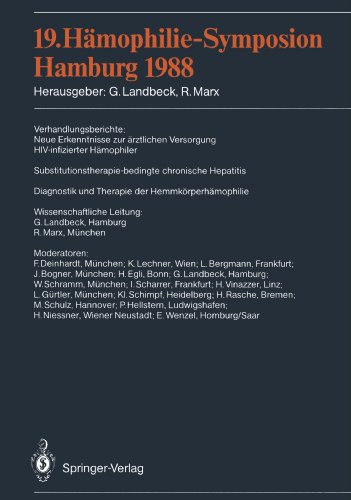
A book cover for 19. HÃ¤mophilie-Symposion Hamburg 1988: Verhandlungsberichte: Neue Erkenntnisse zur Ã¤rztlichen Versorgung HIV-infizierter HÃ¤mophiler ... der HemmkÃ¶rperhÃ¤mophilie (German Edition); Health, Fitness & Dieting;